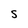
Character: S